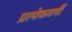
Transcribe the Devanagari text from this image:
प्रत्येकवर्षी